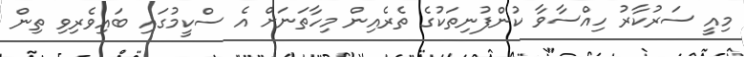
މިއީ ސަރުކާރު ހިއްސާވާ ކުންފުނިތަކުގެ ތެރެއިން މިހާތަނަށް އެ ސްކީމުގައި ބައިވެރިވި ތިން